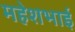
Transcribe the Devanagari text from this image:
महेशभाई